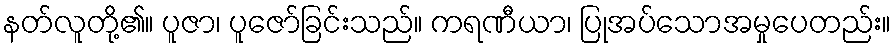
နတ်လူတို့၏။ ပူဇာ၊ ပူဇော်ခြင်းသည်။ ကရဏီယာ၊ ပြုအပ်သောအမှုပေတည်း။